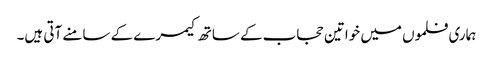
ہماری فلموں میں خواتین حجاب کے ساتھ کیمرے کے سامنے آتی ہیں۔